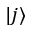
| j \rangle